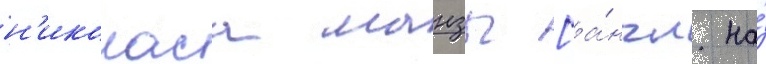
н'иколаса манзы [а́нгл. на́